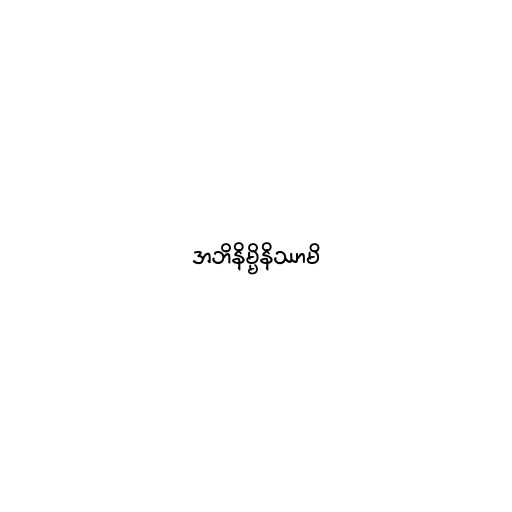
အဘိနိမ္မိနိဿာမိ